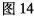
图14(